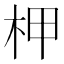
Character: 柙